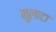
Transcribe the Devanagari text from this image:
मुलाटा